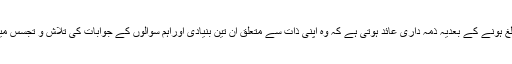
ہر انسان پر بالغ ہونے کے بعدیہ ذمہ داری عائد ہوتی ہے کہ وہ اپنی ذات سے متعلق ان تین بنیادی اوراہم سوالوں کے جوابات کی تلاش و تجسّس میں لگ جائے ۔